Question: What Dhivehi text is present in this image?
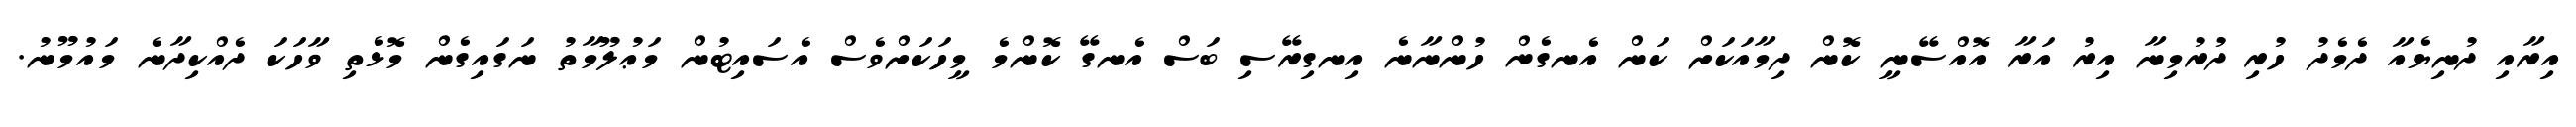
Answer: އިރާއި ދުނިޔެއާ ދެމެދު ހުރި ދުރުމިނާ އިރު އަރާ އޮއްސޭނީ ކޮން ދިމާއަކަށް ކަން އެނގެން ހުންނާނެ އިނގިރޭސި ބަސް އެނގޭ ކޮންމެ މީހަކަށްވެސް އެސައިޓުން މަޢުލޫމާތު ނަގައިގެން މޮޅެތި ވާހަކަ ދެއްކިދާނެ މައުމޫނު.